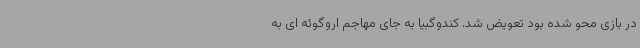
در بازی محو شده بود تعویض شد. کندوگبیا به جای مهاجم اروگوئه ای به